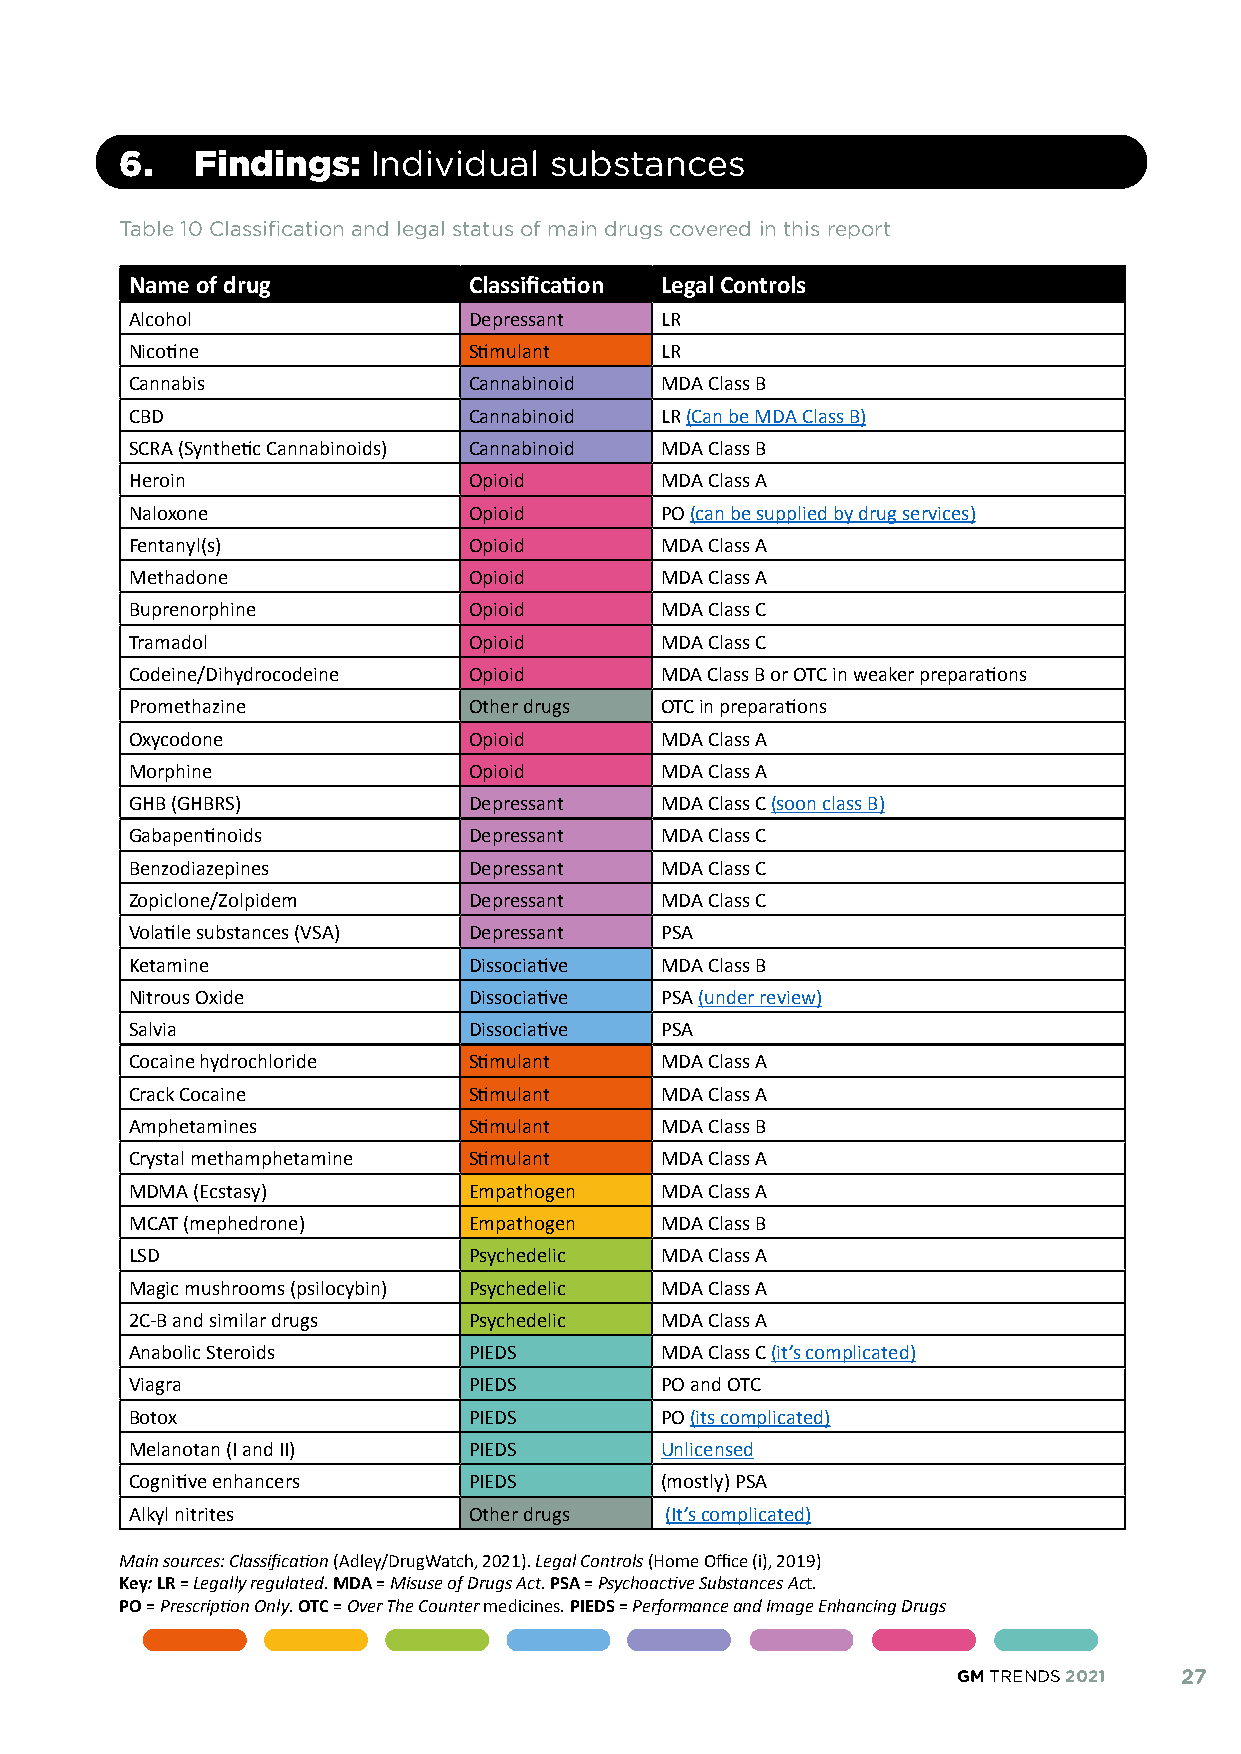
6.   Findings:  Individual  substances
 Table 10 Classification and legal status of main drugs covered in this report
 Name of drug          Classification Legal Controls
 Alcohol               Depressant   LR
 Nicotine              Stimulant    LR
 Cannabis              Cannabinoid  MDA Class B
 CBD                   Cannabinoid  LR (Can be MDA Class B)
 SCRA (Synthetic Cannabinoids) Cannabinoid MDA Class B
 Heroin                Opioid       MDA Class A
 Naloxone              Opioid       PO (can be supplied by drug services)
 Fentanyl(s)           Opioid       MDA Class A
 Methadone             Opioid       MDA Class A
 Buprenorphine         Opioid       MDA Class C
 Tramadol              Opioid       MDA Class C
 Codeine/Dihydrocodeine Opioid      MDA Class B or OTC in weaker preparations
 Promethazine          Other drugs  OTC in preparations
 Oxycodone             Opioid       MDA Class A
 Morphine              Opioid       MDA Class A
 GHB (GHBRS)           Depressant   MDA Class C (soon class B)
 Gabapentinoids        Depressant   MDA Class C
 Benzodiazepines       Depressant   MDA Class C
 Zopiclone/Zolpidem    Depressant   MDA Class C
 Volatile substances (VSA) Depressant PSA
 Ketamine              Dissociative MDA Class B
 Nitrous Oxide         Dissociative PSA (under review)
 Salvia                Dissociative PSA
 Cocaine hydrochloride Stimulant    MDA Class A
 Crack Cocaine         Stimulant    MDA Class A
 Amphetamines          Stimulant    MDA Class B
 Crystal methamphetamine Stimulant  MDA Class A
 MDMA (Ecstasy)        Empathogen   MDA Class A
 MCAT (mephedrone)     Empathogen   MDA Class B
 LSD                   Psychedelic  MDA Class A
 Magic mushrooms (psilocybin) Psychedelic MDA Class A
 2C-B and similar drugs Psychedelic MDA Class A
 Anabolic Steroids     PIEDS        MDA Class C (it’s complicated)
 Viagra                PIEDS        PO and OTC
 Botox                 PIEDS        PO (its complicated)
 Melanotan (I and II)  PIEDS        Unlicensed
 Cognitive enhancers   PIEDS        (mostly) PSA
 Alkyl nitrites        Other drugs  (It’s complicated)
 Main sources: Classification (Adley/DrugWatch, 2021). Legal Controls (Home Office (i), 2019)
 Key: LR = Legally regulated. MDA = Misuse of Drugs Act. PSA = Psychoactive Substances Act.
 PO = Prescription Only. OTC = Over The Counter medicines. PIEDS = Performance and Image Enhancing Drugs
 GM TRENDS 2021 27